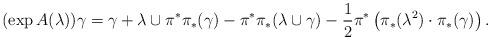
LaTeX: \begin{align*}(\exp A(\lambda) )\gamma = \gamma + \lambda \cup \pi^{\ast} \pi_{\ast}( \gamma) - \pi^{\ast} \pi_{\ast}( \lambda \cup \gamma )- \frac{1}{2} \pi^{\ast}\left( \pi_{\ast}(\lambda^2) \cdot \pi_{\ast}(\gamma) \right).\end{align*}